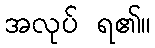
အလုပ် ရ၏။